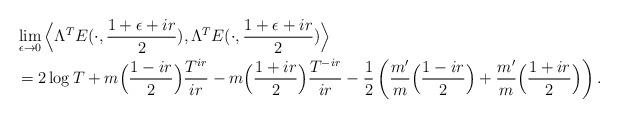
LaTeX: \begin{align*}&\lim_{\epsilon\to0}\Big\langle \Lambda^TE(\cdot,\frac{1+\epsilon + ir}{2}) , \Lambda^TE(\cdot,\frac{1+\epsilon + ir}{2}) \Big\rangle \\&=2\log T + m\Big(\frac{1-ir}{2}\Big)\frac{T^{ir}}{ir} - m\Big(\frac{1+ir}{2}\Big)\frac{T^{-ir}}{ir} - \frac12\left(\frac{m'}{m}\Big(\frac{1-ir}{2}\Big) + \frac{m'}{m}\Big(\frac{1+ir}{2}\Big)\right).\end{align*}